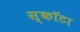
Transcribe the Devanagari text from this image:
स्कॉटा